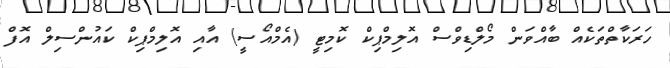
ހަރަކާތްތަކެއް ބާއްވަން މޯލްޑިވްސް އޮލިމްޕިކް ކޮމިޓީ (އެމްއޯސީ) އާއި އޮލިމްޕިކް ކައުންސިލް އޮފް